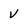
Character: V